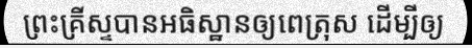
ព្រះគ្រីស្ទបានអធិស្ឋានឲ្យពេត្រុស ដើម្បីឲ្យ